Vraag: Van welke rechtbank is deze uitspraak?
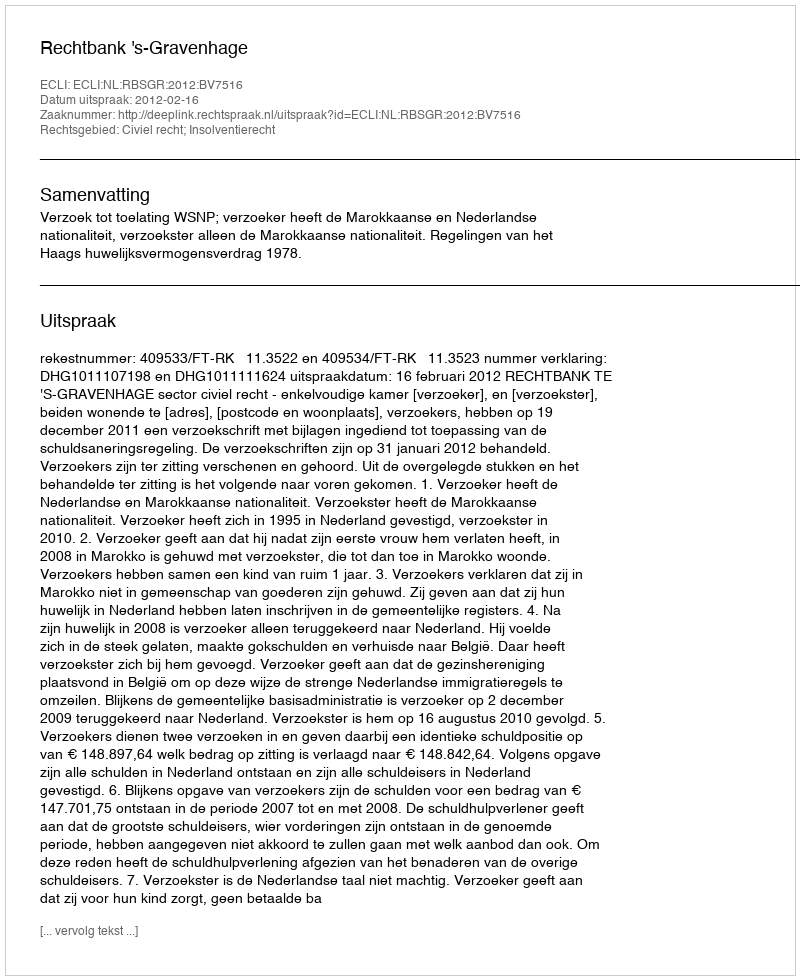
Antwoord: Rechtbank 's-Gravenhage